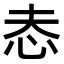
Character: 𢗤